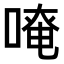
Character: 𠺄